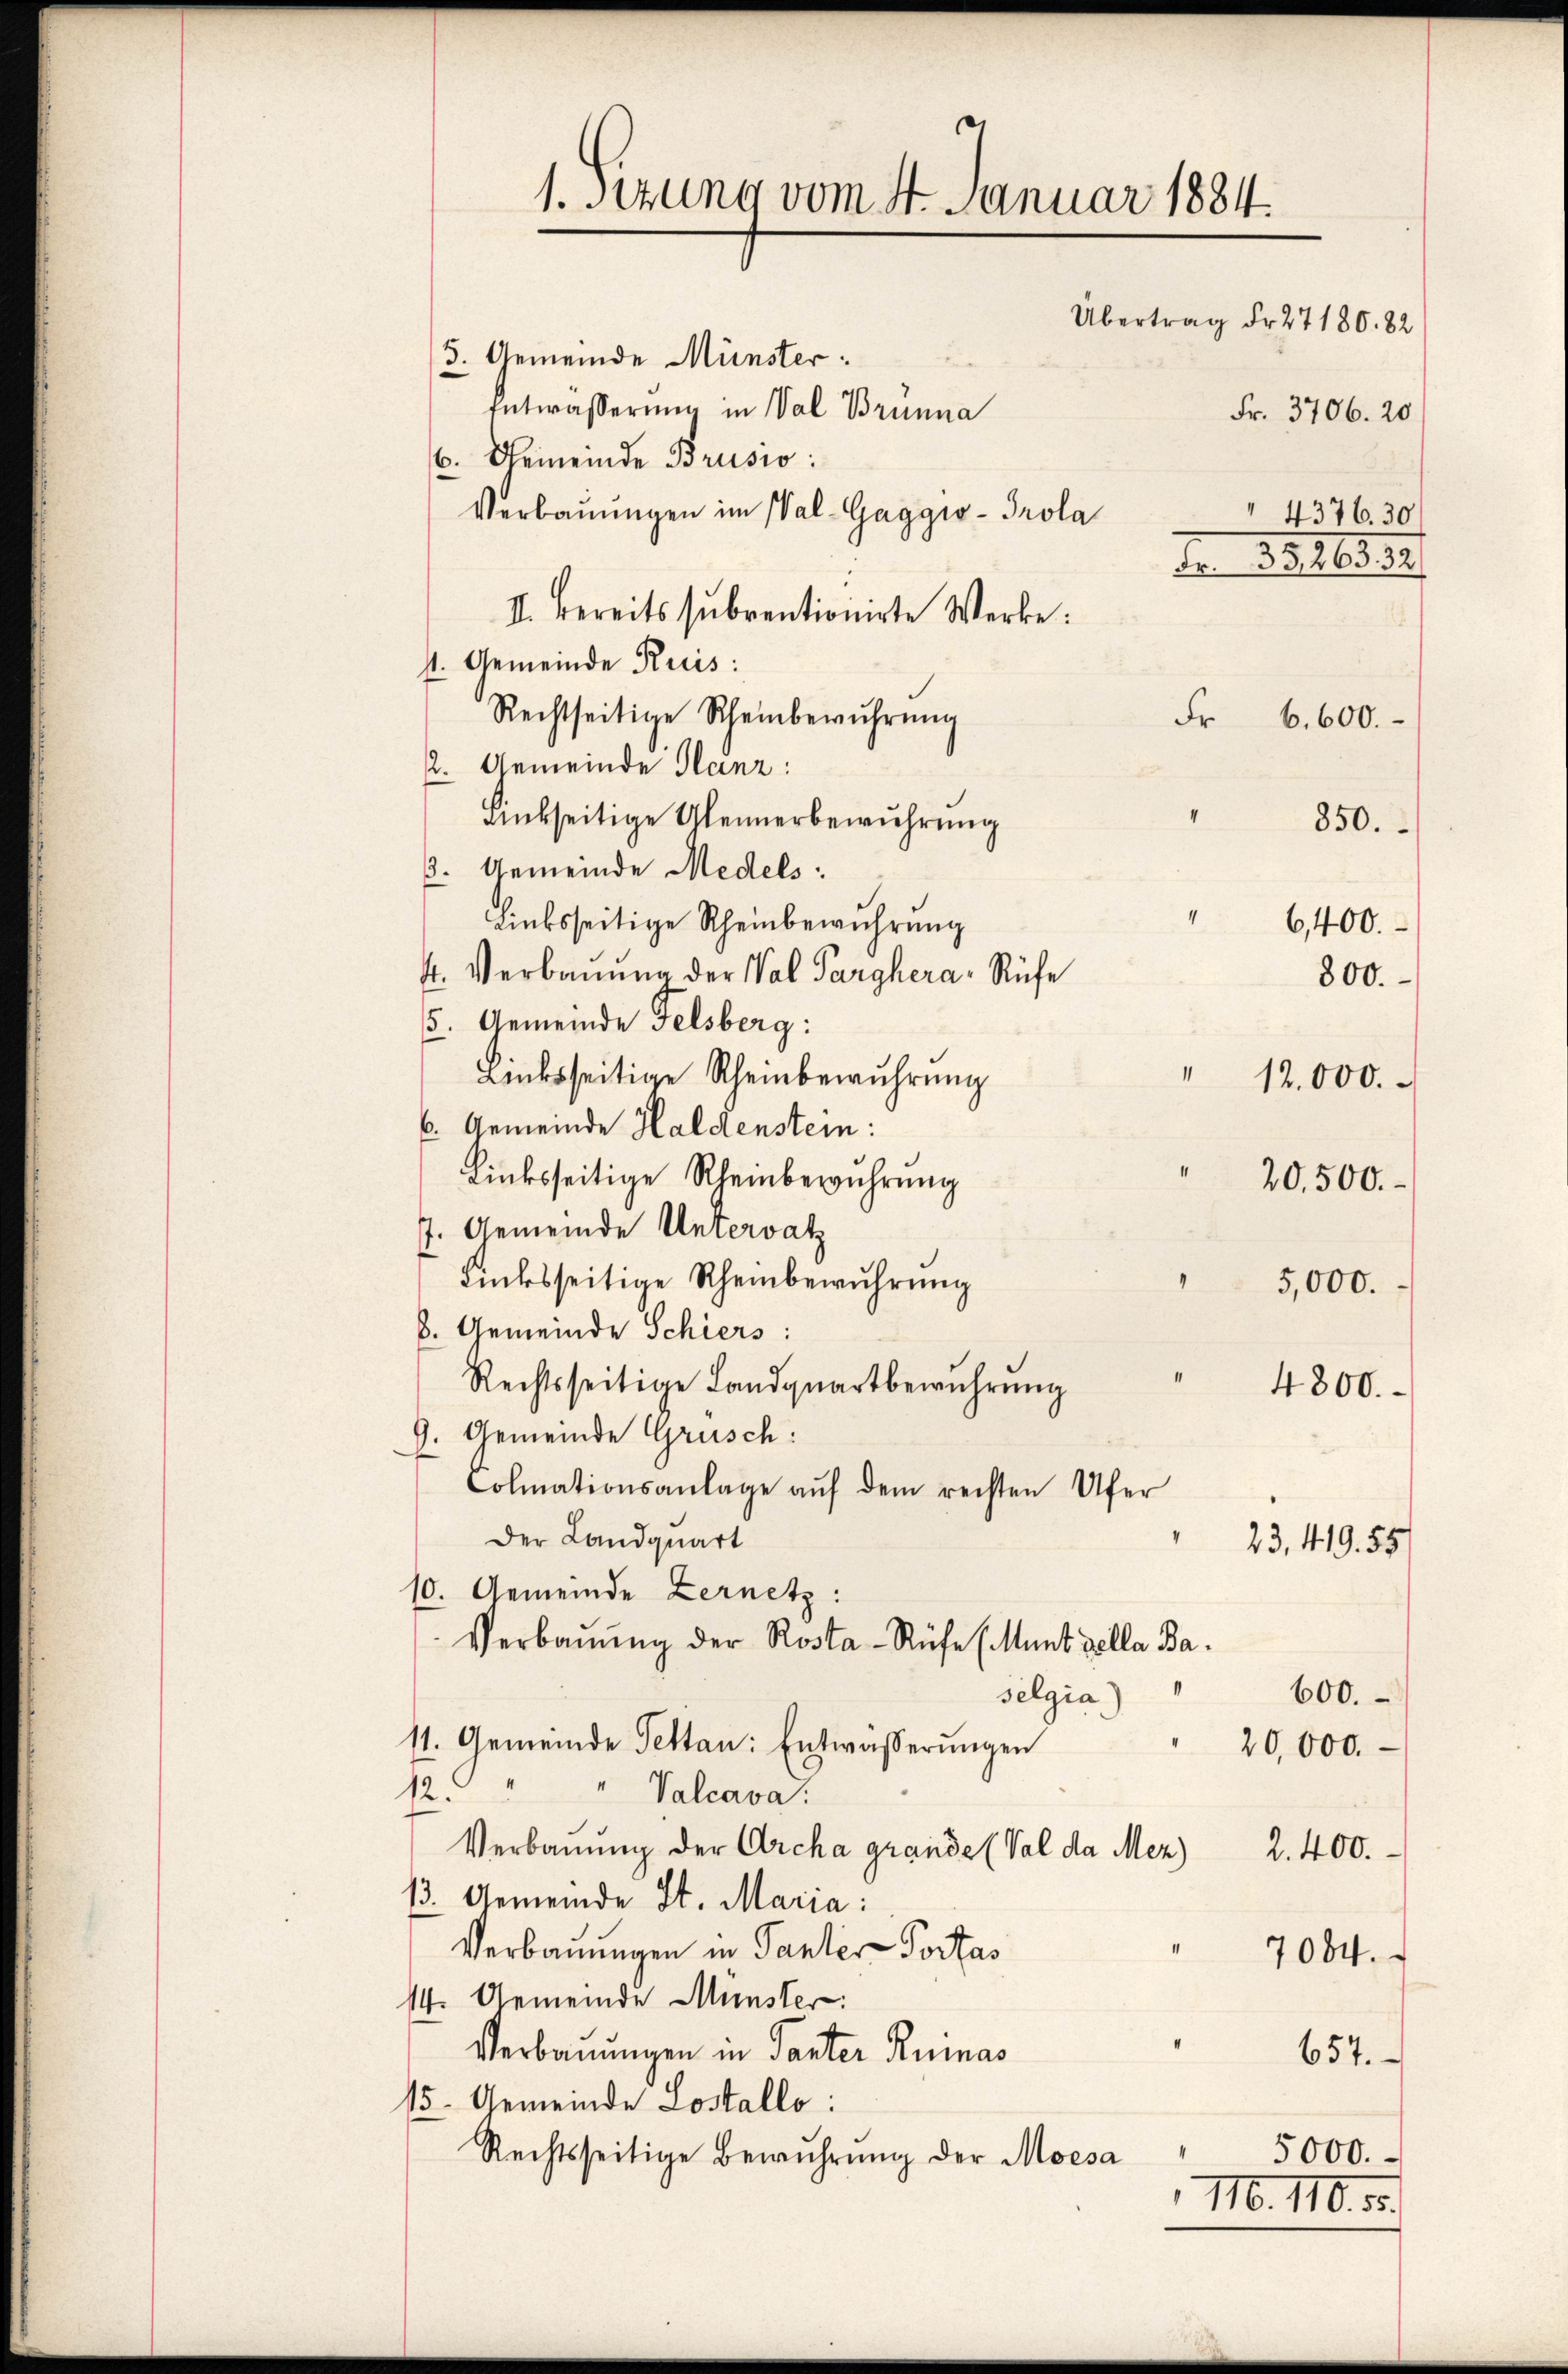
Linksseitige Rheinberührung
7. Gemeinde Untervat
Rücksseitige Rheinbewuhrung
5,000.
b. Gemeinde Schiers:
Rechtsseitige Landquartberührung
4800.
9. Gemeinde Grusch:
Colmationsanlage auf dem rechten Ufer
Der Landquart
23, 419. 55
10. Gemeinde Zernetz:
Verbaŭŭng der Rosta-Rüfe (Munt cella Ba¬
600.
selgia
11. Gemeinde Pettan: Entwässerungen
20,000.
12. " " Valcava:
Verbauung der Archa grande (Val da Mez
2.400.
13. Gemeinde St. Maria:
Verbauungen in Tanter-Portas
7084.
14. Gemeinde Münster:
Verbauungen in Tanter Rumas
657.
15. Gemeinde Lostallo:
Rechtsseitige Berührung der Moesa
5000.
M. 110. 51.

1. sezung vom 4. Januar 1884.
Übertrag Fr. 27180. 82
3. Gemeinde Münster:
Entwässerung in Val Brunna
6. Gemeinde Brusio:
Verbaŭŭngen im Wal-Gaggio - Prola
" 4376. 30
Ao 1816.11.
II. Bereits subventionirte Werke:
1. Gemeinde Ruis:
Rechtseitige Scheinberührŭng
Fr
p. Gemeinde Glanz:
ansseitige Alennerbewuhrung
850.
ß. Gemeinde Medels:
Linksseitige Rheinbewahrung
6,400.
4. Verbauung der Wal Parghera-Rufe
800.
5. Gemeinde Felsberg:
Linksseitige Rheinberührung
12,000.
6. Gemeinde Haldenstein:

20,500.

Fr. 3706. 20

6,600.